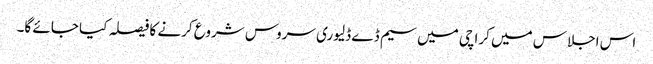
اس اجلاس میں کراچی میں سیم ڈے ڈلیوری سروس شروع کرنے کا فیصلہ کیا جائے گا۔